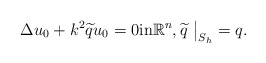
\begin{align*} \Delta u_0 +k^2\widetilde qu_0=0\mbox{in} \mathbb R^n,\widetilde q~\big|_{S_h} =q. \end{align*}